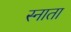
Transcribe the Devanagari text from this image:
स्नाता